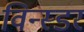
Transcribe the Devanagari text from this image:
विन्स्डर